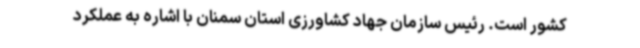
کشور است. رئیس سازمان جهاد کشاورزی استان سمنان با اشاره به عملکرد